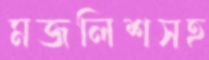
মজলিশসহ